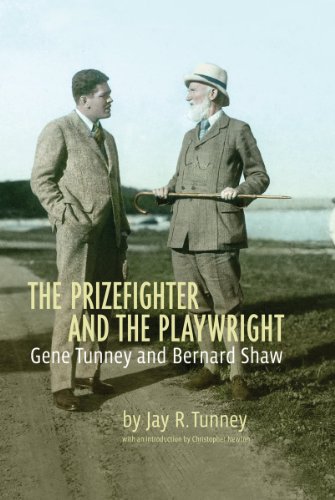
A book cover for The Prizefighter and the Playwright: Gene Tunney and George Bernard Shaw; Jay Tunney; Biographies & Memoirs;